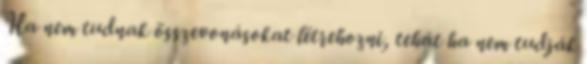
Ha nem tudnak összevonásokat létrehozni, tehát ha nem tudják